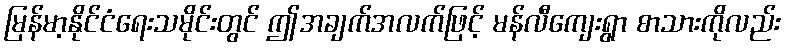
မြန်မာ့နိုင်ငံရေးသမိုင်းတွင် ဤအချက်အလက်ဖြင့် မန်လီကျေးရွာ စာသားကိုလည်း